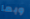
وبما